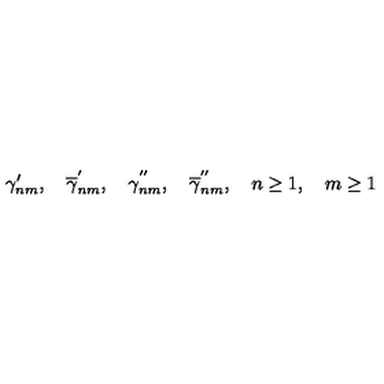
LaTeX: \gamma _ { n m } ^ { \prime } , \quad \overline { { \gamma } } _ { n m } ^ { ^ { \prime } } , \quad { \gamma } _ { n m } ^ { ^ { \prime \prime } } , \quad \overline { { \gamma } } _ { n m } ^ { ^ { \prime \prime } } , \quad n \geq 1 , \quad m \geq 1